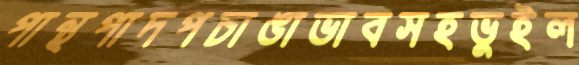
পান্থপাদপচাঙাভাবসহভুইল